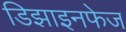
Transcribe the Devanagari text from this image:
डिझाइनफेज